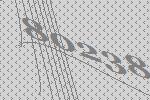
80238